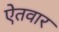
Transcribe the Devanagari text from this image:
ऐतवार